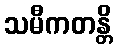
သမီကတန္တိ